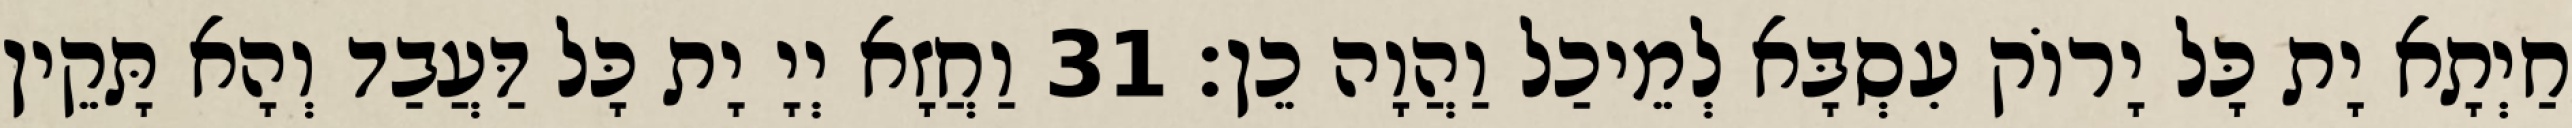
חַיְתָא יָת כָּל יָרוֹק עִסְבָּא לְמֵיכַל וַהֲוָה כֵן׃ 31 וַחֲזָא יְיָ יָת כָּל דַּעֲבַד וְהָא תָּקֵין